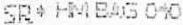
SR* HM BAG 0*0